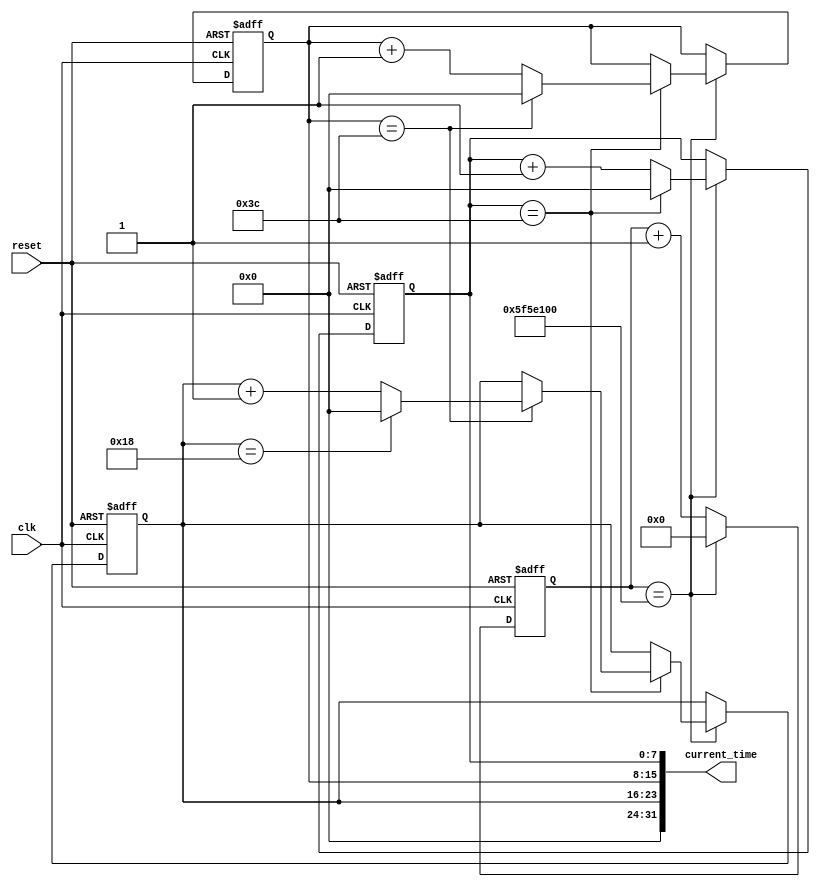
module real_time_clock(
    input wire clk,
    input wire reset,
    output reg [31:0] current_time
);

reg [31:0] timer;
reg [7:0] second_counter;
reg [7:0] minute_counter;
reg [7:0] hour_counter;

always @ (posedge clk or posedge reset) begin
    if (reset) begin
        timer <= 0;
        second_counter <= 0;
        minute_counter <= 0;
        hour_counter <= 0;
    end else begin
        timer <= timer + 1;
        if (timer == 100000000) begin  // assuming 100 MHz external clock
            timer <= 0;
            second_counter <= second_counter + 1;
            if (second_counter == 60) begin
                second_counter <= 0;
                minute_counter <= minute_counter + 1;
                if (minute_counter == 60) begin
                    minute_counter <= 0;
                    hour_counter <= hour_counter + 1;
                    if (hour_counter == 24) begin
                        hour_counter <= 0;
                    end
                end
            end
        end
    end
end

assign current_time = {hour_counter, minute_counter, second_counter};

endmodule